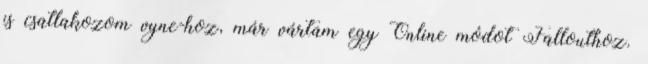
is csatlakozom vyne-hoz, már vártam egy Online módot Fallouthoz.